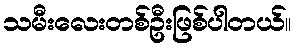
သမီးလေးတစ်ဦးဖြစ်ပါတယ်။